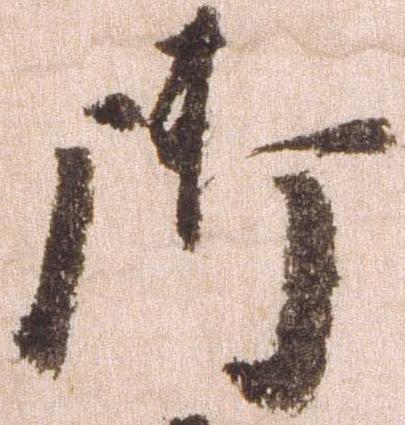
御